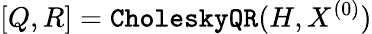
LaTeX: [Q,R]=\texttt{CholeskyQR}(H,X^{(0)})